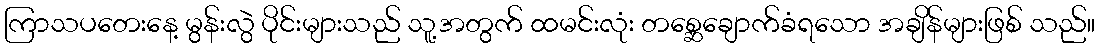
ကြာသပတေးနေ့ မွန်းလွဲ ပိုင်းများသည် သူ့အတွက် ထမင်းလုံး တစ္ဆေချောက်ခံရသော အချိန်များဖြစ် သည်။